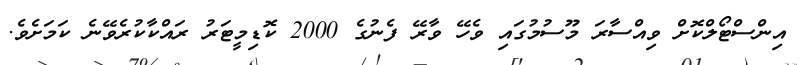
އިންސްޓޯލްކޮށް ވިއްސާރަ މޫސުމުގައި ވެހޭ ވާރޭ ފެނުގެ 2000 ކޮޑިމީޓަރު ރައްކާކުރެވޭނެ ކަމަށެވެ.